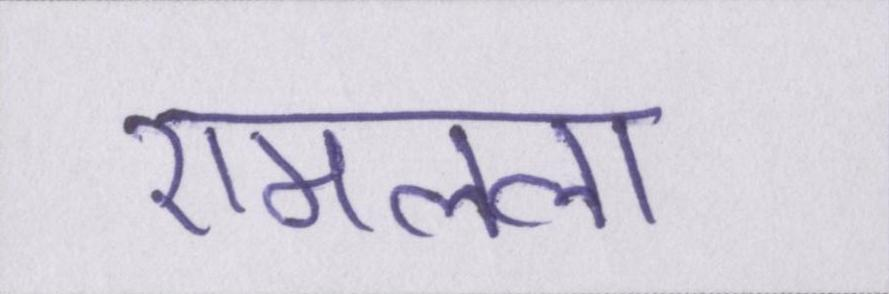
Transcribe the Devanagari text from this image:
रामलला